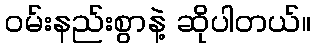
ဝမ်းနည်းစွာနဲ့ ဆိုပါတယ်။